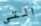
التي